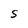
Character: S